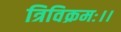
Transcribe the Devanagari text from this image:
त्रिविक्रमः।।